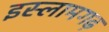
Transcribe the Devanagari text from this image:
इस्लामगढ़